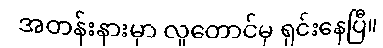
အတန်းနားမှာ လူတောင်မှ ရှင်းနေပြီ။